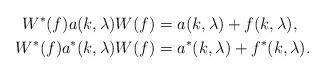
LaTeX: \begin{align*}W^*(f)a(k,\lambda) W(f) &= a(k,\lambda) + f(k,\lambda), \\W^*(f)a^*(k,\lambda) W(f) &= a^*(k,\lambda) + f^*(k,\lambda).\end{align*}